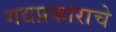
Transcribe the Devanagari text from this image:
गद्यप्रकाराचे